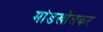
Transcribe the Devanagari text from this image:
मांडखोलकर